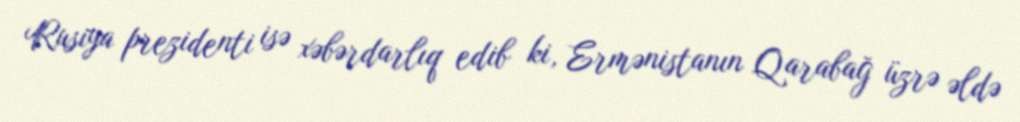
Rusiya prezidenti isə xəbərdarlıq edib ki, Ermənistanın Qarabağ üzrə əldə